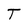
Character: T